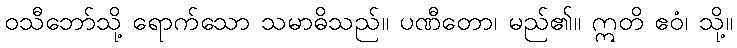
ဝသီဘော်သို့ ရောက်သော သမာဓိသည်။ ပဏီတော၊ မည်၏။ ဣတိ ဧဝံ၊ သို့။